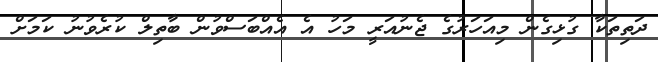
ދަތިތަކާ ގުޅިގެން މިއަހަރުގެ ޖެނުއަރީ މަހު އެ އެއްބަސްވުން ބާތިލް ކުރެވުނު ކަމަށް